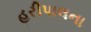
હરીપાલના